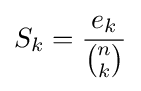
S_{k}={\frac {e_{k}}{\binom {n}{k}}}